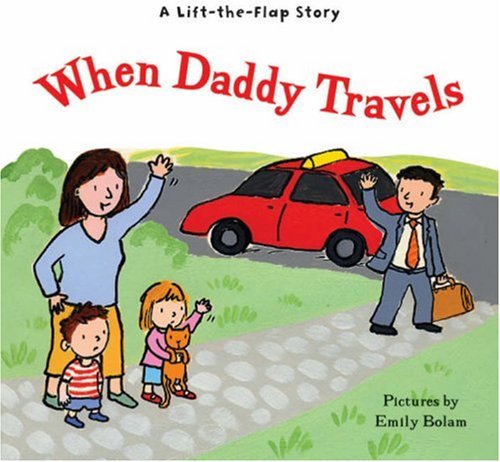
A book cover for When Daddy Travels; Harriet Ziefert; Travel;